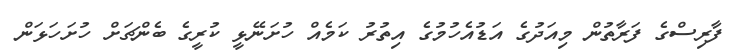
ފާރިސްގެ ފަރާތުން މިއަދުގެ އަޑުއެހުމުގެ އިތުރު ކަމެއް ހުށަނޭޅީ ކުރީގެ ބެންޗަށް ހުށަހަޅަން